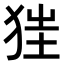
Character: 𤝵